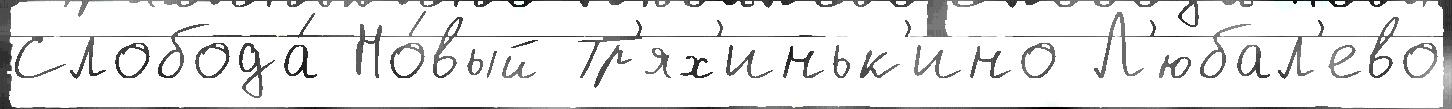
Слобода́ Но́вый Тр'ях'иньк'ино Л'юбал'ево